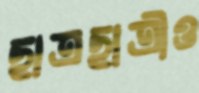
ছাত্রছাত্রীও